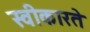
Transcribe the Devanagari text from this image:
स्‍वीकारते